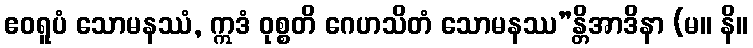
ဧဝရူပံ သောမနဿံ, ဣဒံ ဝုစ္စတိ ဂေဟသိတံ သောမနဿ”န္တိအာဒိနာ (မ။ နိ။